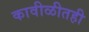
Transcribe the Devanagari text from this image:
कावीळीतही